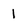
Character: 1